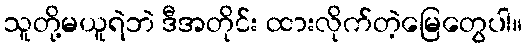
သူတို့မယူရဲဘဲ ဒီအတိုင်း ထားလိုက်တဲ့မြေတွေပါ။